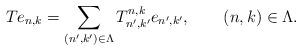
LaTeX: \begin{align*}Te_{n,k}=\sum_{(n',k')\in\Lambda}T^{n,k}_{n',k'}e_{n',k'},\qquad(n,k)\in\Lambda.\end{align*}